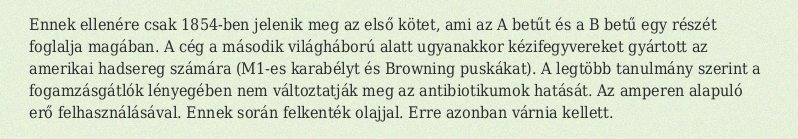
Ennek ellenére csak 1854-ben jelenik meg az első kötet, ami az A betűt és a B betű egy részét foglalja magában. A cég a második világháború alatt ugyanakkor kézifegyvereket gyártott az amerikai hadsereg számára (M1-es karabélyt és Browning puskákat). A legtöbb tanulmány szerint a fogamzásgátlók lényegében nem változtatják meg az antibiotikumok hatását. Az amperen alapuló erő felhasználásával. Ennek során felkenték olajjal. Erre azonban várnia kellett.